Report of the Indian Hemp Drugs Commission, 1894-1895 - Volume IV
Year: 1894
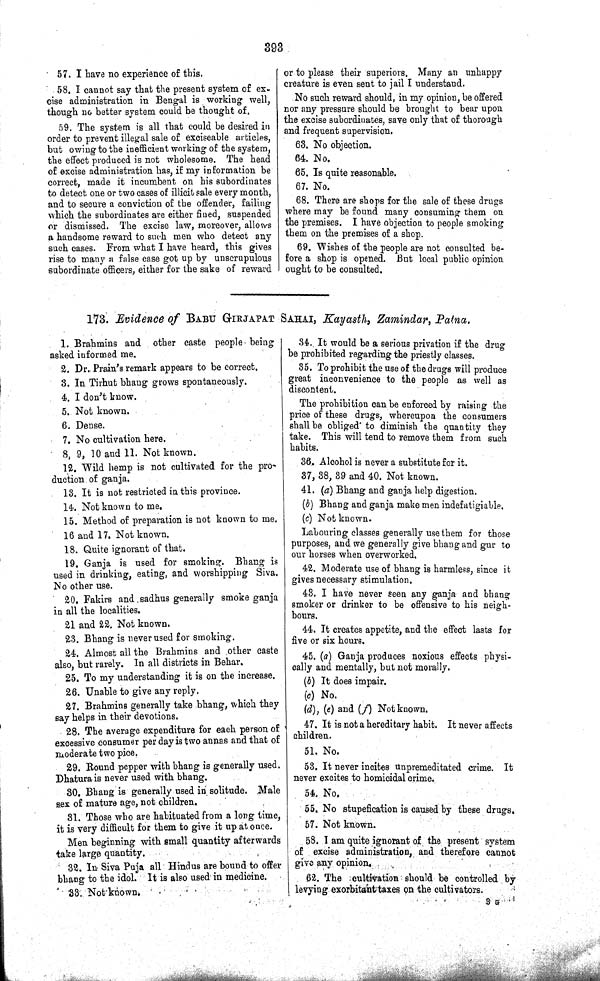
393
57. I have no experience of this.
58. I cannot say that the present system of ex-
cise administration in Bengal is working well,
though no better system could be thought of.
59. The system is all that could be desired in
order to prevent illegal sale of exciseable articles,
but owing to the inefficient working of the system,
the effect produced is not wholesome. The head
of excise administration has, if my information be
correct, made it incumbent on his subordinates
to detect one or two cases of illicit sale every month,
and to secure a conviction of the offender, failing
which the subordinates are either fined, suspended
or dismissed. The excise law, moreover, allows
a handsome reward to such men who detect any
such cases. From what I have heard, this gives
rise to many a false case got up by unscrupulous
subordinate officers, either for the sake of reward
or to please their superiors. Many an unhappy
creature is even sent to jail I understand.
No such reward should, in my opinion, be offered
nor any pressure should be brought to bear upon
the excise subordinates, save only that of thorough
and frequent supervision.
63. No objection.
64. No.
65. Is quite reasonable.
67. No.
68. There are shops for the sale of these drugs
where may be found many consuming them on
the premises. I have objection to people smoking
them on the premises of a shop.
69. Wishes of the people are not consulted be-
fore a shop is opened. But local public opinion
ought to be consulted.
173. Evidence of BABU GIRJAPAT SAHAI, Kayasth, Zamindar, Patna.
1. Brahmins and other caste people being
asked informed me.
2. Dr.. Prain's remark appears to be correct,
3. In Tirhut bhang grows spontaneously.
4. I don't know.
5. Not known.
6. Dense.
7. No cultivation here.
8, 9, 10 and 11. Not known.
12. Wild hemp is not cultivat
duction of ganja.
13. It is not restricted in this province.
14. Not known to me.
15. Method of preparation is not known to me.
16 and 17. Not known.
18. Quite ignorant of that.
19. Ganja is used for smoking. Bhang is
used in drinking, eating, and worshipping Siva.
No other use.
20. Fakirs and sadhus generally smoke ganja
in all the localities.
21 and 22. Not known.
23. Bhang is never used for smoking.
24. Almost all the Brahmins and other caste
also, but rarely. In all districts in Behar.
25. To my understanding it is on the increase.
26. Unable to give any reply.
27. Brahmins generally take bhang, which they
say helps in their devotions.
28. The average expenditure for each person of
excessive consumer per day is two annas and that of
moderate two pice.
29. Round pepper with bhang is generally used,
Dhatura is never used with bhang.
30. Bhang is generally used in solitude. Male
sex of mature age, not children.
31. Those who are habituated from a long time,
it is very difficult for them to give it up at once.
Men beginning with small quantity afterwards
take large quantity.
32. In Siva Puja all Hindus are bound to offer
bhang to the idol. It is also used in medicine.
33. Not known.
34. It would be a serious privation if the drug
be prohibited regarding the priestly classes.
35. To prohibit the use of the drugs will produce
great inconvenience to the people as well as
discontent.
The prohibition can be enforced by raising the
price of these drugs, whereupon the consumers
shall be obliged to diminish the quantity they
take. This will tend to remove them from such
habits.
36. Alcohol is never a substitute for it.
37, 38, 39 and 40. Not known.
41. (a) Bhang and ganja help digestion.
(b) Bhang and ganja make men indefatigiable.
(c) Not known.
Labouring classes generally use them for those
purposes, and we generally give bhang and gur to
our horses when overworked.
42. Moderate use of bhang is harmless, since it
gives necessary stimulation.
43. I have never seen any ganja and bhang
smoker or drinker to be offensive to his neigh-
bours.
44. It creates appetite, and the effect lasts for
five or six hours.
45. (a) Ganja produces noxious effects physi-
cally and mentally, but not morally.
(b) It does impair.
(c) No.
(d), (e) and (f) Not known.
47. It is not a hereditary habit. It never affects
children.
51. No.
53. It never incites unpremeditated crime. It
never excites to homicidal crime.
54.
No.
55. No stupefication is caused by these drugs.
57. Not known.
58. I am quite ignorant of the present system
of excise administration, and therefore cannot
give any opinion.
62. The cultivation should be controlled by
levying exorbitant taxes on the cultivators.
3 G